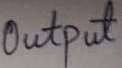
Text: Output